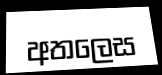
අතලෙස